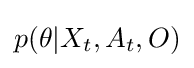
p(\theta |X_{t},A_{t},O)